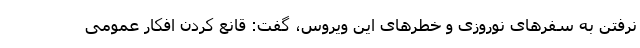
نرفتن به سفرهای نوروزی و خطرهای این ویروس، گفت: قانع کردن افکار عمومی